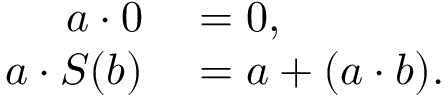
\begin{array} { r l } { a \cdot 0 } & { { } = 0 , } \\ { a \cdot S ( b ) } & { { } = a + ( a \cdot b ) . } \end{array}